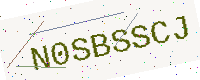
Text: N0SBSSCJ